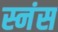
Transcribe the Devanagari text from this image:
स्नंस